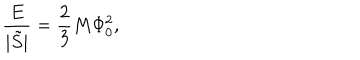
LaTeX: \frac { E } { | \tilde { S } | } = \frac { 2 } { 3 } M \Phi _ { 0 } ^ { 2 } ,